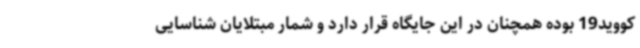
کووید19 بوده همچنان در این جایگاه قرار دارد و شمار مبتلایان شناسایی